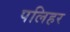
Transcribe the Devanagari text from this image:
पलिहर